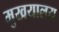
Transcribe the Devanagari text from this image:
मुखयालय